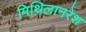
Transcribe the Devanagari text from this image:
मिथिलानरेश